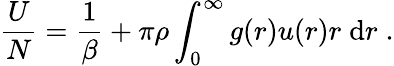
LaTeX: \frac{U}{N}=\frac{1}{\beta}+\pi\rho\int_{0}^{\infty}g(r)u(r)r\; \mathrm{d}r\; .